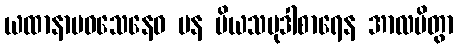
ယထာနာမဝသေနေဝ ပန ပိယသမုဒါစာရေန အာလပိတွာ